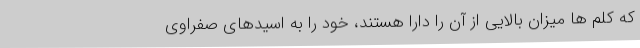
که کلم ها میزان بالایی از آن را دارا هستند، خود را به اسیدهای صفراوی